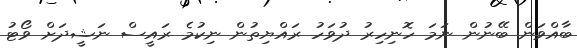
ބާއްވަން ބޭނުން ނަމަ ހޮނިހިރު ދުވަހު ރައްޔިތުން ނިކުމެ ރައީސް ނަޝީދަށް ވޯޓު